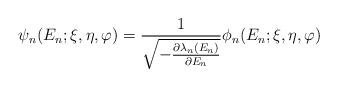
LaTeX: \begin{align*}\psi_{n}(E_{n}; \xi,\eta,\varphi ) = \frac{1}{\sqrt{-\frac{\partial \lambda_{n}(E_{n})}{\partial E_{n}}}}\phi_{n}(E_{n}; \xi,\eta,\varphi )\end{align*}